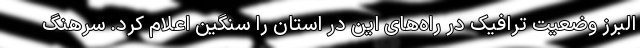
البرز وضعیت ترافیک در راه‌های این در استان را سنگین اعلام کرد. سرهنگ